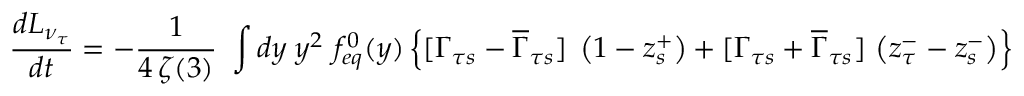
{ \frac { d L _ { \nu _ { \tau } } } { d t } } = - { \frac { 1 } { 4 \, \zeta ( 3 ) } } ~ \int d y \; y ^ { 2 } ~ f _ { e q } ^ { 0 } ( y ) \left\{ [ \Gamma _ { \tau s } - \overline { { { \Gamma } } } _ { \tau s } ] \; \left( 1 - z _ { s } ^ { + } \right) + [ \Gamma _ { \tau s } + \overline { { { \Gamma } } } _ { \tau s } ] \, \left( z _ { \tau } ^ { - } - z _ { s } ^ { - } \right) \right\}